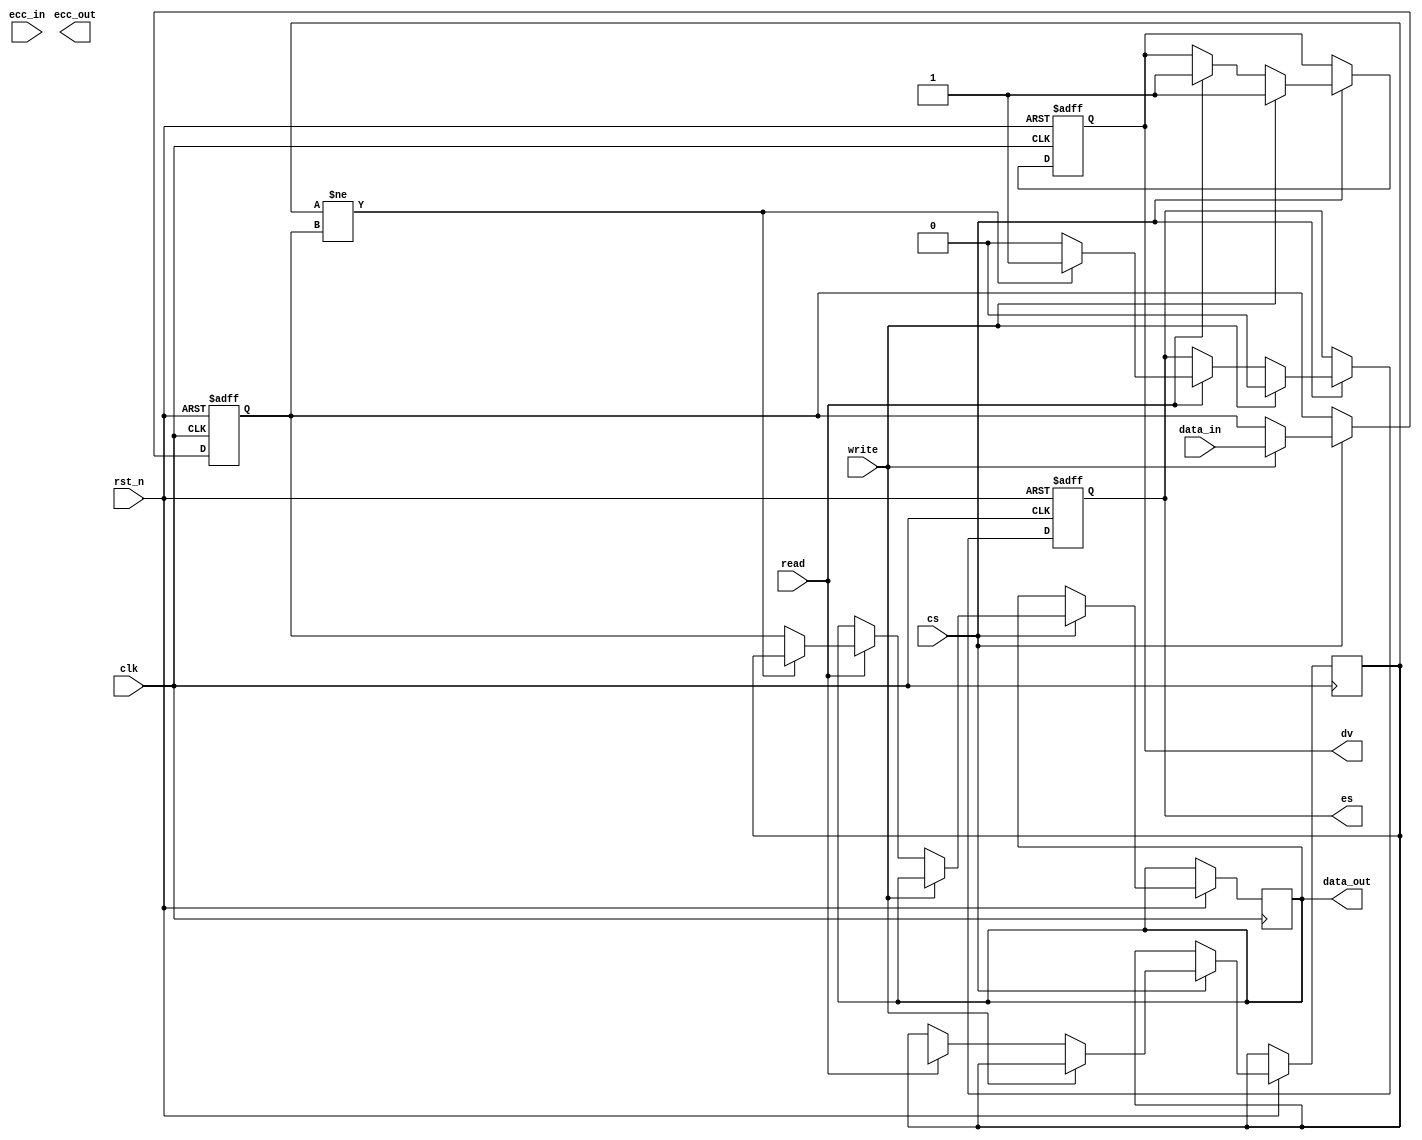
module ecc_dram_io (
    input wire clk,               // Clock signal
    input wire rst_n,             // Active low reset
    input wire [63:0] data_in,    // Input data from memory controller
    input wire [7:0] ecc_in,       // Input ECC bits
    input wire read,              // Read control signal
    input wire write,             // Write control signal
    input wire cs,                // Chip select
    output reg [63:0] data_out,   // Output data to memory controller
    output reg [7:0] ecc_out,      // Output ECC bits
    output reg dv,                // Data valid signal
    output reg es                 // Error status signal
);

    reg [63:0] data_reg;
    reg [7:0] ecc_reg;
    wire [63:0] corrected_data;
    wire error_detected;
    
    // ECC Encoding and Decoding
    function [7:0] ecc_encode(input [63:0] data);
        // Implement ECC encoding logic here (e.g., Hamming code)
        // This is a placeholder
    endfunction

    function [63:0] ecc_decode(input [63:0] data, input [7:0] ecc);
        // Implement ECC decoding logic here and return corrected data
        // This is a placeholder
    endfunction

    always @(posedge clk or negedge rst_n) begin
        if (!rst_n) begin
            data_reg <= 64'b0;
            ecc_reg <= 8'b0;
            dv <= 1'b0;
            es <= 1'b0;
        end else if (cs) begin
            if (write) begin
                // On write, encode the data with ECC
                ecc_reg <= ecc_encode(data_in);
                data_reg <= data_in;
                dv <= 1'b1; // Data is valid now
                es <= 1'b0; // No error for write
            end else if (read) begin
                // On read, decode the data and check for errors
                {data_reg, ecc_reg} <= {data_reg, ecc_in}; // Assume data is read into data_reg
                corrected_data <= ecc_decode(data_reg, ecc_reg);
                
                // Check for error detection
                error_detected = (corrected_data != data_reg);
                if (error_detected) begin
                    es <= 1'b1; // Set error status
                    dv <= 1'b1; // Data valid even in error case
                    data_out <= corrected_data; // Send corrected data
                end else begin
                    es <= 1'b0; // No error
                    data_out <= data_reg; // Send original data
                    dv <= 1'b1; // Data is valid
                end
            end
        end
    end

endmodule